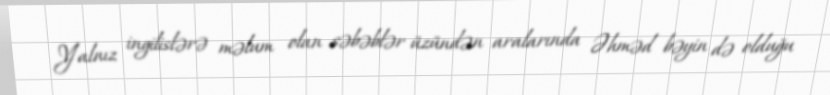
Yalnız ingilislərə məlum olan səbəblər üzündən aralarında Əhməd bəyin də olduğu